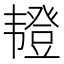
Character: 𫖖